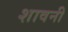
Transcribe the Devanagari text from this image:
शावनी